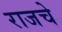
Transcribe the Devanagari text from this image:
राजचे